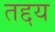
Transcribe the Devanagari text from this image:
तद्दय